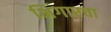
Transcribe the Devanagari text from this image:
भिंगारचा